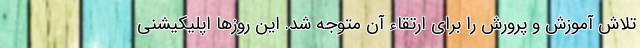
تلاش آموزش و پرورش را برای ارتقاء آن متوجه شد. این روزها اپلیکیشنی